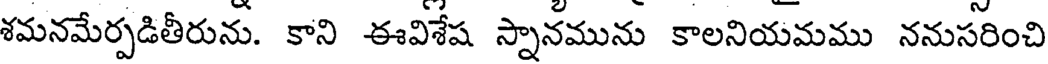
శమనమేర్పడితీరును. కాని ఈవిశేష స్నానమును కాలనియమము ననుసరించి